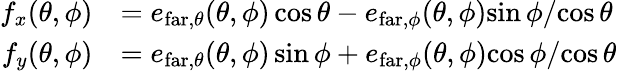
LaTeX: \begin{array}{rl}{f_{x}(\theta,\phi)}&{=e_{\mathrm{far},\theta}(\theta,\phi)\cos\theta-e_{\mathrm{far},\phi}(\theta,\phi){\sin\phi}/{\cos\theta}}\\ {f_{y}(\theta,\phi)}&{=e_{\mathrm{far},\theta}(\theta,\phi)\sin\phi+e_{\mathrm{far},\phi}(\theta,\phi){\cos\phi}/{\cos\theta}}\end{array}